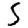
Digit: 5